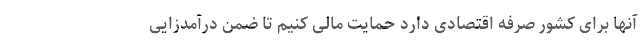
آنها برای کشور صرفه اقتصادی دارد حمایت مالی کنیم تا ضمن درآمدزایی